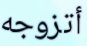
أتزوجه